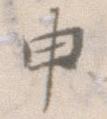
申